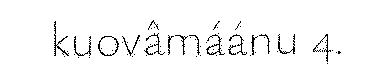
kuovâmáánu 4.